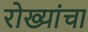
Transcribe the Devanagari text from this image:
रोख्यांचा